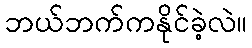
ဘယ်ဘက်ကနိုင်ခဲ့လဲ။